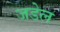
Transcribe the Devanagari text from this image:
जडेल